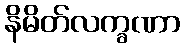
နိမိတ်လက္ခဏာ